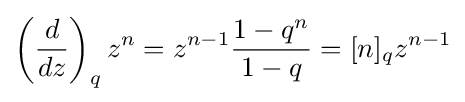
\left({\frac {d}{dz}}\right)_{q}z^{n}=z^{n-1}{\frac {1-q^{n}}{1-q}}=[n]_{q}z^{n-1}